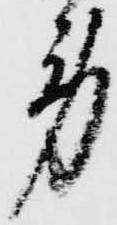
労